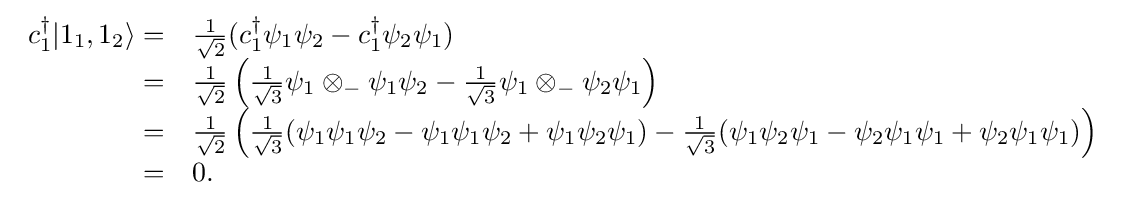
{\begin{array}{rl}c_{1}^{\dagger }|1_{1},1_{2}\rangle =&{\frac {1}{\sqrt {2}}}(c_{1}^{\dagger }\psi _{1}\psi _{2}-c_{1}^{\dagger }\psi _{2}\psi _{1})\\=&{\frac {1}{\sqrt {2}}}\left({\frac {1}{\sqrt {3}}}\psi _{1}\otimes _{-}\psi _{1}\psi _{2}-{\frac {1}{\sqrt {3}}}\psi _{1}\otimes _{-}\psi _{2}\psi _{1}\right)\\=&{\frac {1}{\sqrt {2}}}\left({\frac {1}{\sqrt {3}}}(\psi _{1}\psi _{1}\psi _{2}-\psi _{1}\psi _{1}\psi _{2}+\psi _{1}\psi _{2}\psi _{1})-{\frac {1}{\sqrt {3}}}(\psi _{1}\psi _{2}\psi _{1}-\psi _{2}\psi _{1}\psi _{1}+\psi _{2}\psi _{1}\psi _{1})\right)\\=&0.\end{array}}